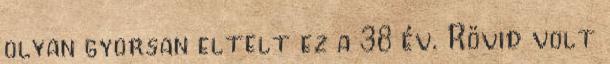
olyan gyorsan eltelt ez a 38 év. Rövid volt